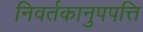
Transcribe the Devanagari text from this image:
निवर्तकानुपपत्ति